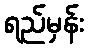
ရည်မှန်း